Scientific memoirs by medical officers of the Army of India - Part VII,
Year: 1892
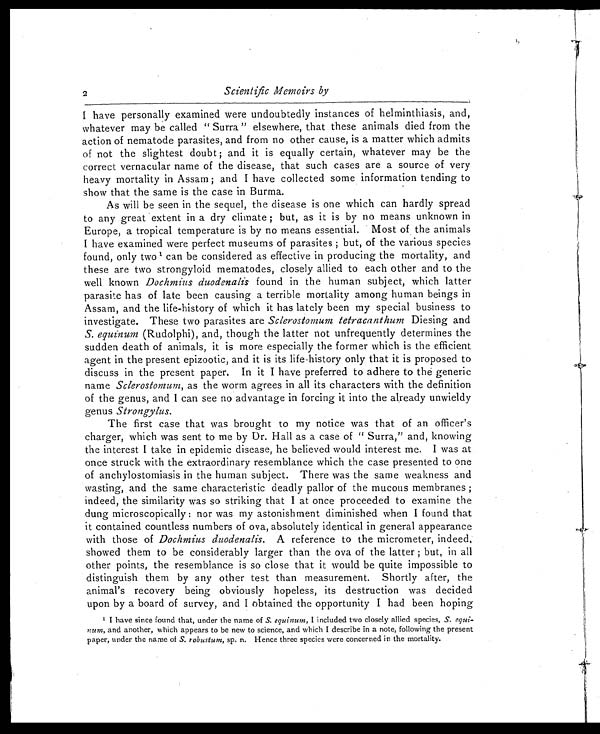
2
Scientific Memoirs by
I have personally examined were undoubtedly instances of helminthiasis, and,
whatever may be called " Surra " elsewhere, that these animals died from the
action of nematode parasites, and from no other cause, is a matter which admits
of not the slightest doubt; and it is equally certain, whatever may be the
correct vernacular name of the disease, that such cases are a source of very
heavy mortality in Assam ; and I have collected some information tending to
show that the same is the case in Burma.
As will be seen in the sequel, the disease is one which can hardly spread
to any great extent in a dry climate ; but, as it is by no means unknown in
Europe, a tropical temperature is by no means essential. Most of the animals
I have examined were perfect museums of parasites; but, of the various species
found, only two 1 can be considered as effective in producing the mortality, and
these are two strongyloid mematodes, closely allied to each other and to the
well known Dochmius duodenalis found in the human subject, which latter
parasite has of late been causing a terrible mortality among human beings in
Assam, and the life-history of which it has lately been my special business to
investigate. These two parasites are Sclerostomum tetracanthum Diesing and
S. equinum (Rudolphi), and, though the latter not unfrequently determines the
sudden death of animals, it is more especially the former which is the efficient
agent in the present epizootic, and it is its life-history only that it is proposed to
discuss in the present paper. In it I have preferred to adhere to the generic
name Sclerostomum, as the worm agrees in all its characters with the definition
of the genus, and I can see no advantage in forcing it into the already unwieldy
genus Strongylus.
The first case that was brought to my notice was that of an officer's
charger, which was sent to me by Dr. Hall as a case of " Surra," and, knowing
the interest I take in epidemic disease, he believed would interest me. I was at.
once struck with the extraordinary resemblance which the case presented to one
of anchylostomiasis in the human subject. There was the same weakness and
wasting, and the same characteristic deadly pallor of the mucous membranes;
indeed, the similarity was so striking that I at once proceeded to examine the
dung microscopically: nor was my astonishment diminished when I found that
it contained countless numbers of ova, absolutely identical in general appearance
with those of Dochmius duodenalis. A reference to the micrometer, indeed,
showed them to be considerably larger than the ova of the latter ; but, in all
other points, the resemblance is so close that it would be quite impossible to
distinguish them by any other test than measurement. Shortly after, the
animal's recovery being obviously hopeless, its destruction was decided
upon by a board of survey, and I obtained the opportunity I had been hoping
1 I have si nce found t hat , under t he name of S.e q u i n u m ,
I i n c l u d e d t w o c l o s e l y a l l i e d s p e c i e s , S .e
q u i
nun , and another, which appears to be new to science, and which I describe in a note, following the presen
paper, under the name of S. robustum, sp. n. Hence three species were concerned in the mortality.